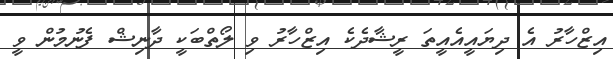
އިޒްހާރު އެ ދިޔައީއެއީތަ ރީޝާދެކެ އިޒްހާރު ވި ލޯތްބަކީ ދާނިޝް ފެނުމުން ވީ